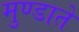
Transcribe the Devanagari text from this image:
मुण्डाते